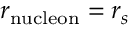
r _ { \mathrm { n u c l e o n } } = r _ { s }